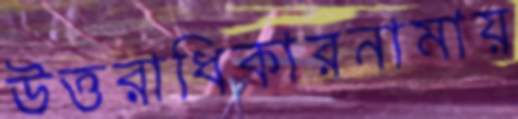
উত্তরাধিকারনামায়